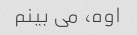
اوه، می بینم